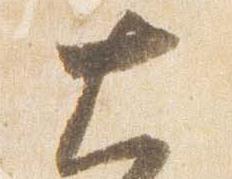
大